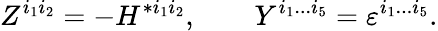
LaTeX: Z^{i_{1}i_{2}}=-H^{*i_{1}i_{2}},\qquad Y^{i_{1}...i_{5}}=\varepsilon^{i_{1}...i_{5}}.